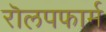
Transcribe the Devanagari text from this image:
रॊलपफार्म